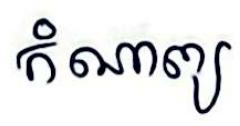
កំណាទ្យ